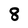
Character: 8